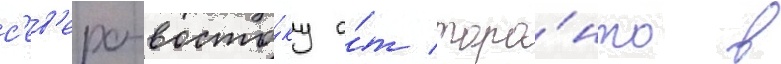
с'ев'еро-восто́ку о́т торо́нто в